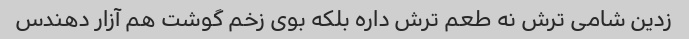
زدین شامی ترش نه طعم ترش داره بلکه بوی زخم گوشت هم آزار دهندس